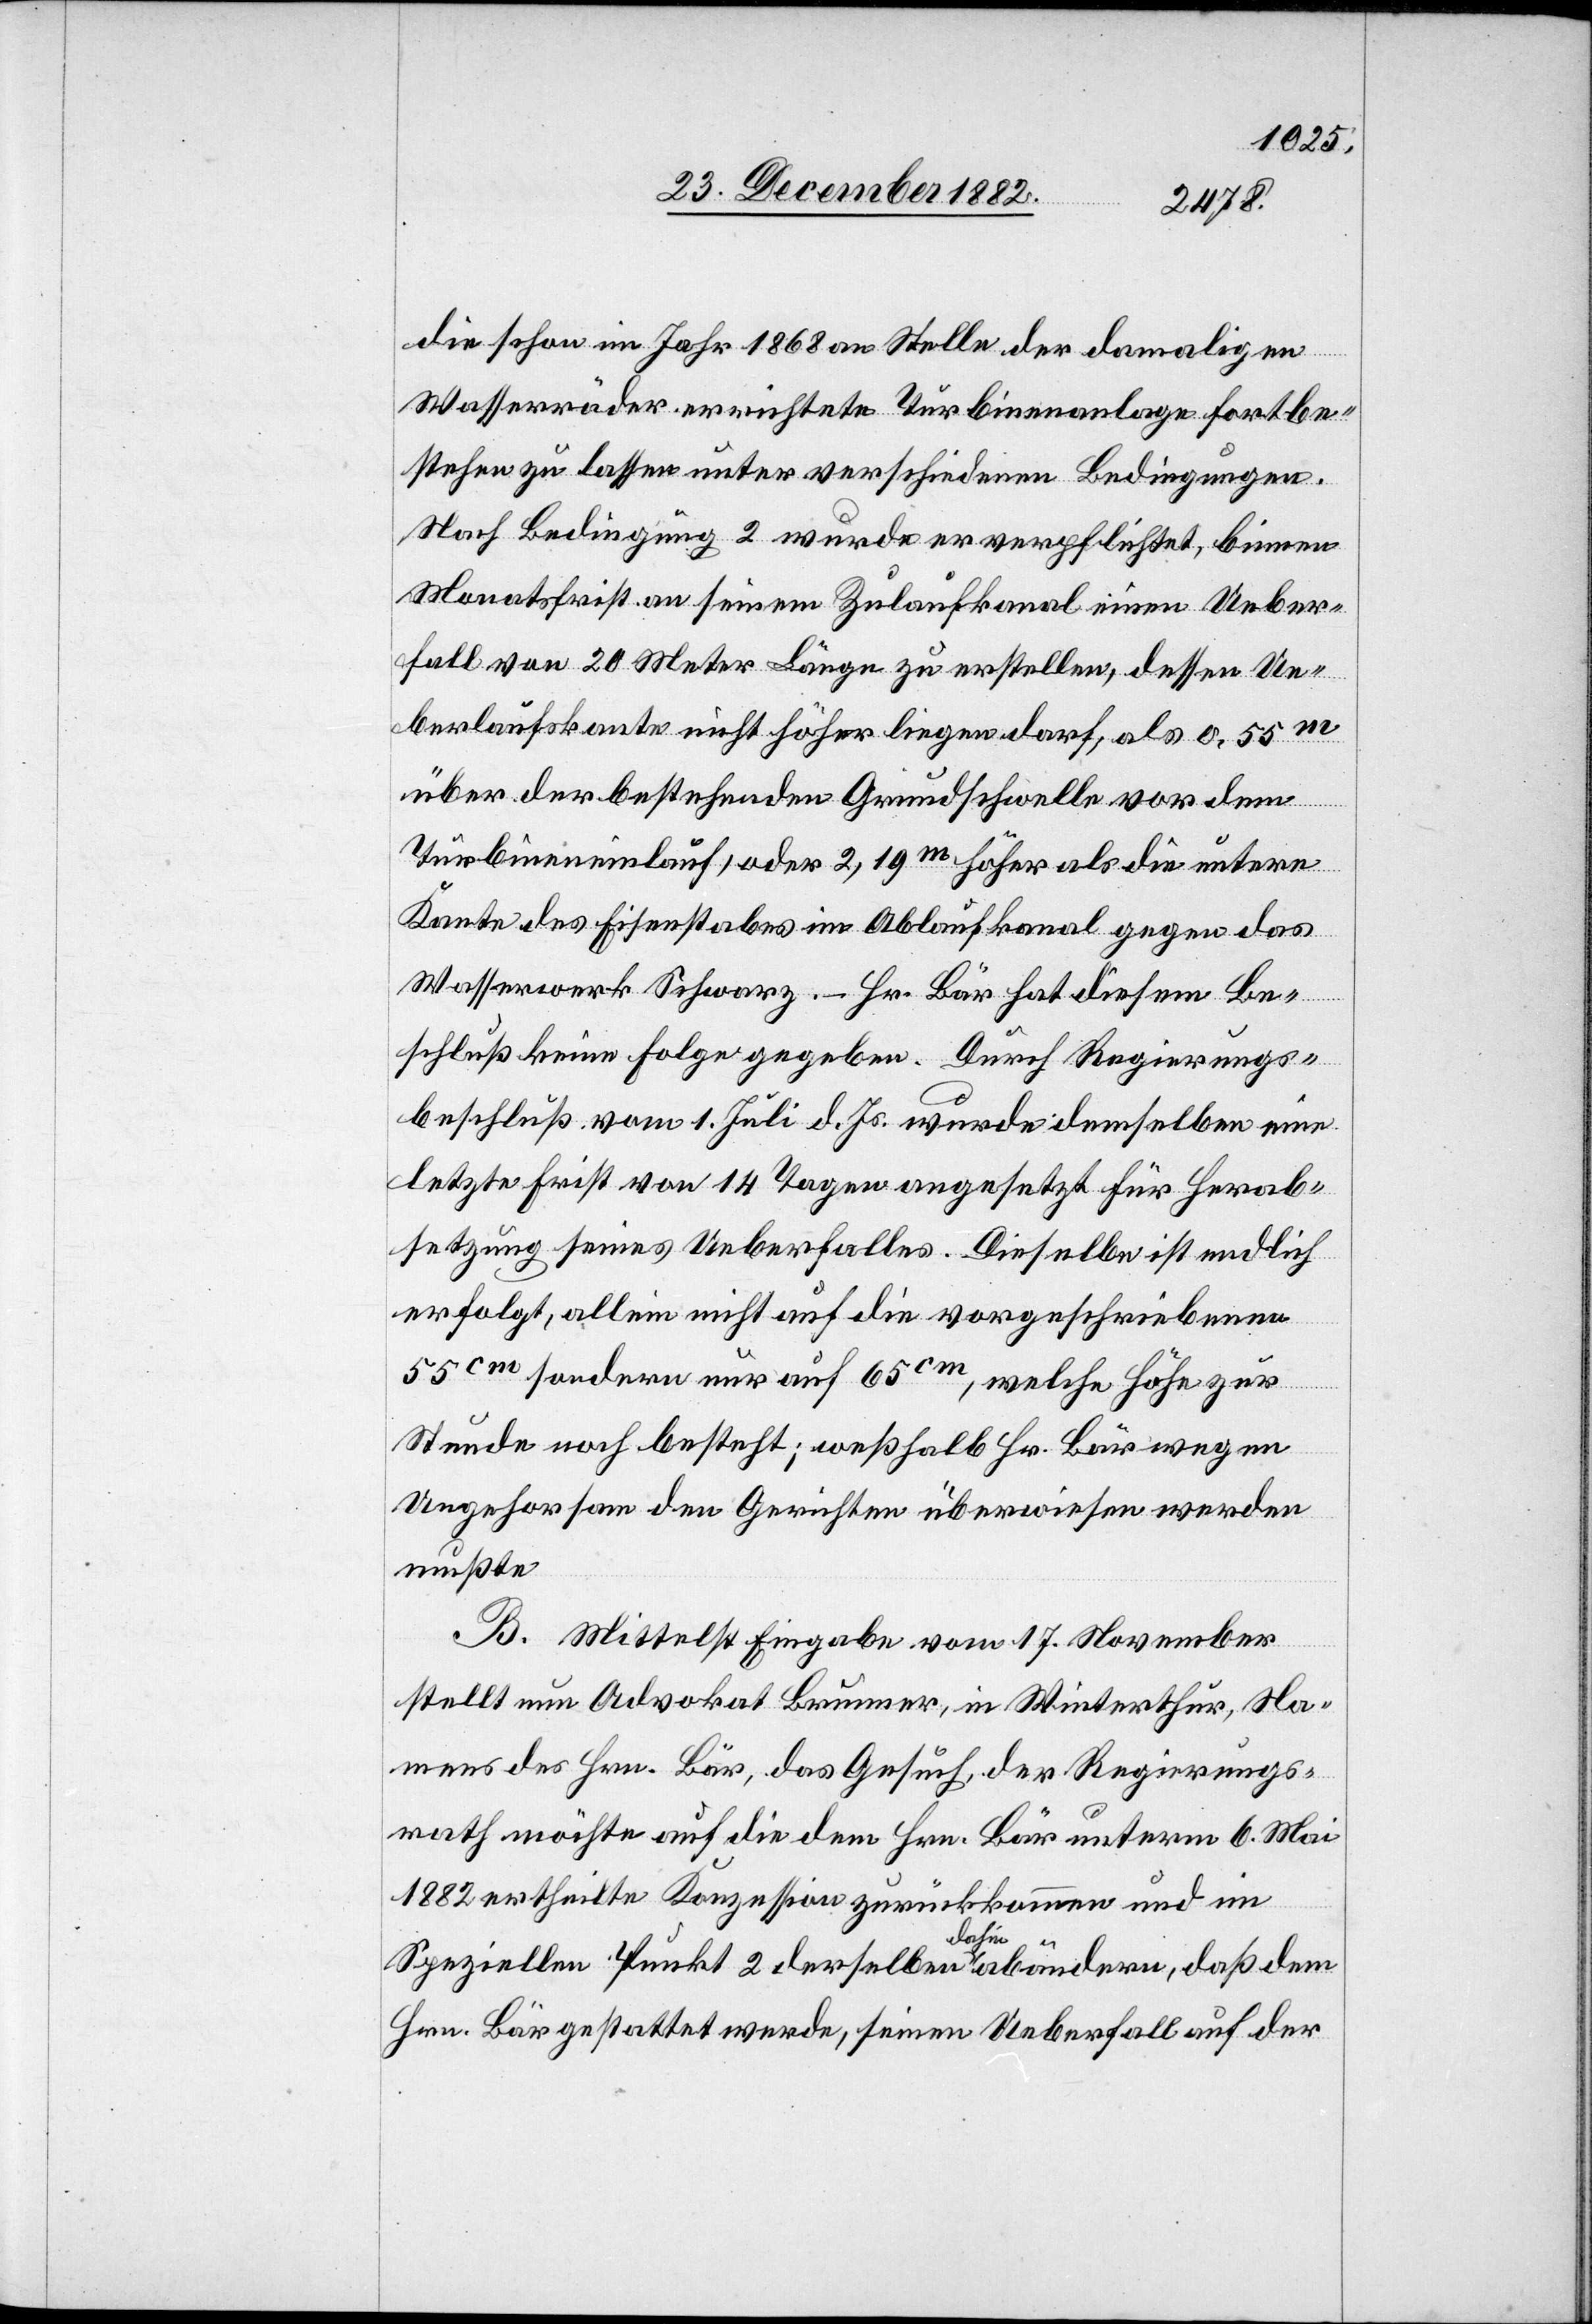
die schon im Jahr 1868 an Stelle der damaligen
Wasserräder errichtete Turbinenanlage fortbe¬
stehen zu lassen unter verschiedenen Bedingungen.
Nach Bedingung 2 wurde er verpflichtet, binnen
Monatsfirst an seinem Zulaufkanal einen Ueber¬
fall von 20 Meter Länge zu erstellen, dessen Ue¬
berlaufskante nicht höher liegen darf, als 0,55m
über der bestehenden Grundschwelle vor dem
Turbineneinlauf, oder 2,19m höher als die untere
Kante des Eisenstabes im Ablaufkanal gegen das
Wasserwerk Schwarz. – Hr. Bär hat diesem Be¬
schluß keine Folge gegeben. Durch Regierungs¬
beschluß vom 1. Juli d. Js. wurde demselben eine
letzte Frist vom 14 Tagen angesetzt für Herab¬
setzung seines Ueberfalles. Dieselbe ist endlich
erfolgt, allein nicht auf die vorgeschriebenen
55cm sondern nur auf 65cm, welche Höhe zur
Stunde noch besteht; weßhalb Hr. Bär wegen
Ungehorsam den Gerichte überwiesen werden
mußte.
B. Mittelst Eingabe vom 17. November
stellt nun Advokat Brunner, in Winterthur, Na¬
mens des Hrn. Bär, das Gesuch, der Regierungs¬
rath möchte auf die dem Hrn. Bär unterm 6. Mai
1882 ertheilte Konzession zurückkommen und im
Speziellen Punkt 2 derselben dahin abändern, daß dem
Hrn. Bär gestattet werde, seinen Ueberfall auf der